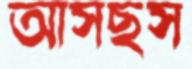
আসছস